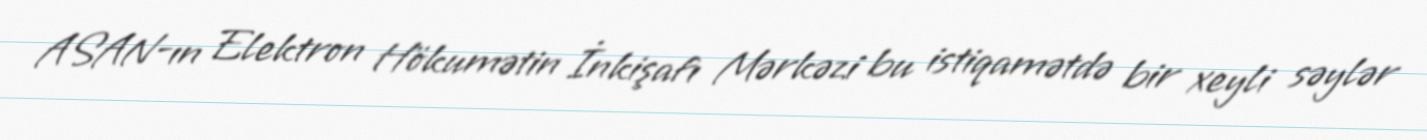
ASAN-ın Elektron Hökumətin İnkişafı Mərkəzi bu istiqamətdə bir xeyli səylər